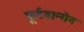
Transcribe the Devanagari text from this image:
फूर्टवान्गेन